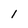
Character: l